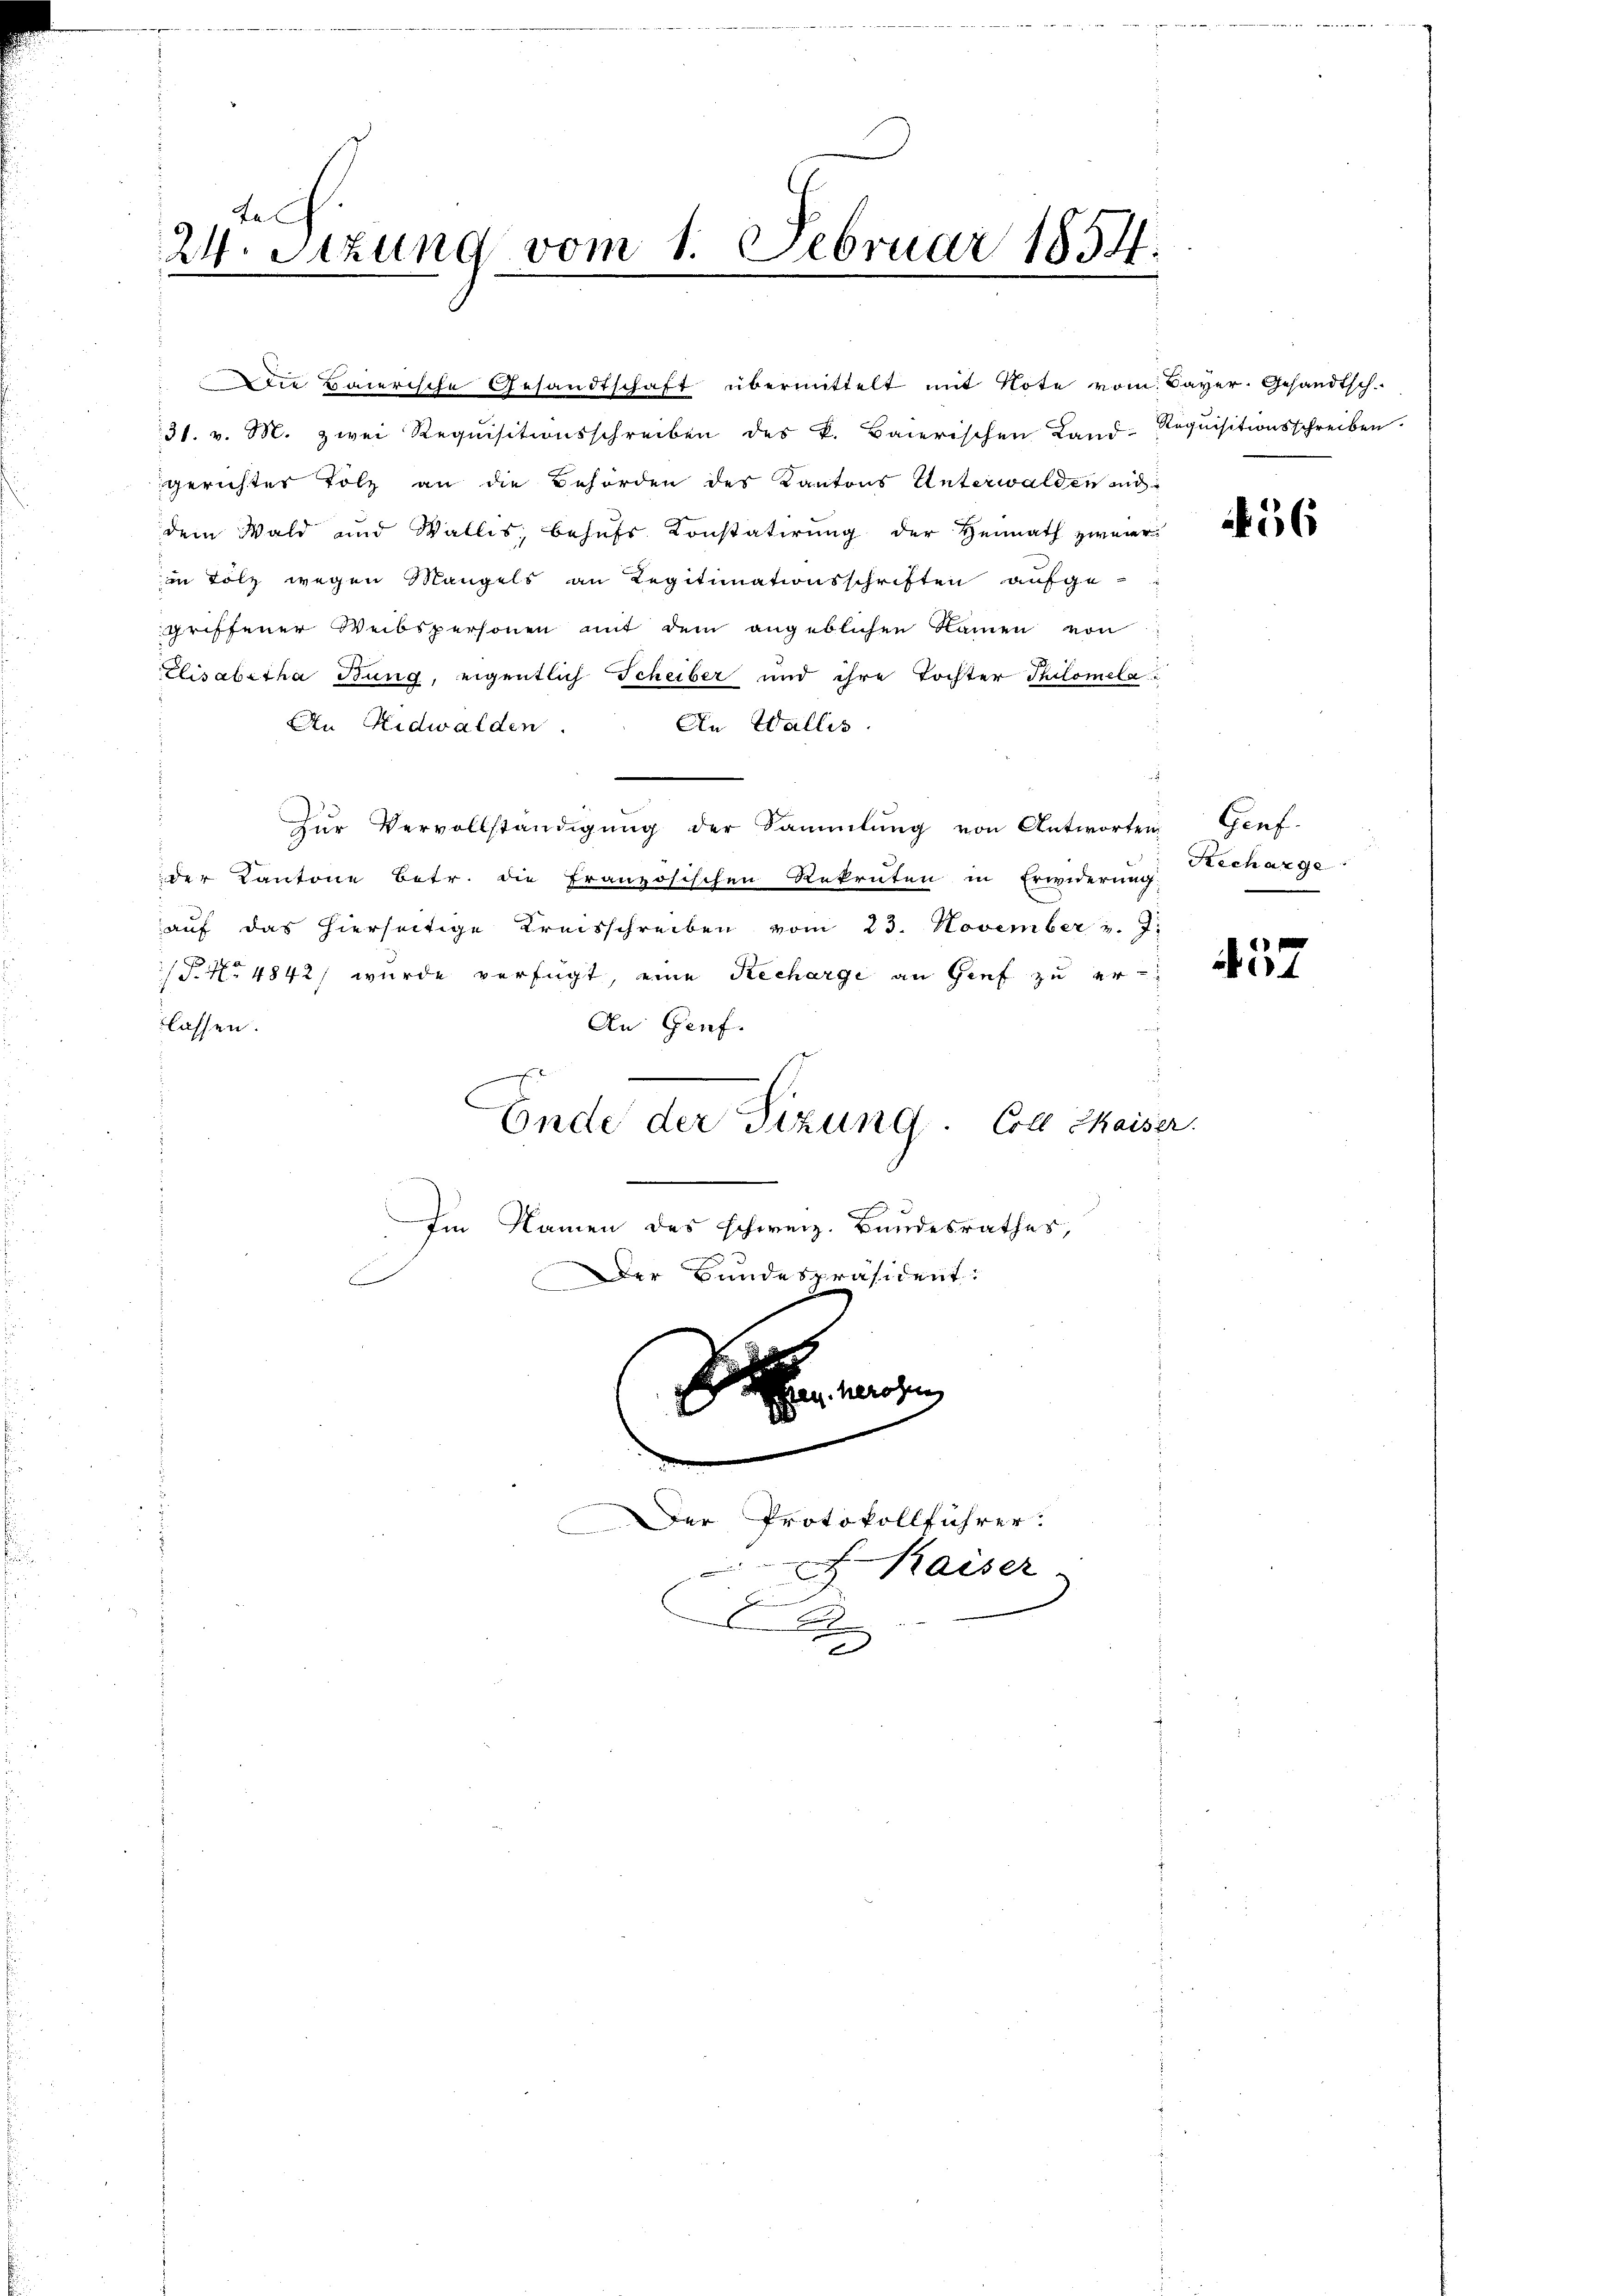
tel
24. Setzung vom 1. Februar 1854.

31. v. M. zwei Requisitionsschreiben des k. Baierischen Land-Requisitionsschreiben.
gerichter Tolz an die Behörden des Kantons Unterwalden mi
dem Wald und Wallis, behufs Konstatirung der Heimath zweier
in Tolz wegen Mangels an Regitimationsschriften aufgegriffener Weibspersonen mit dem angeblichen Namen von
Elisabetha Bung, eigentlich Scheiber und ihre Tochter Philomelau
En Nidwalden.
An Wallis.
Zŭr Vervollständigŭng der Sammlung von Antworten Genf.
der Kantone Betr. die Französischen Rekruten in Erwiderung Vecharge
auf das hierseitige Kreisschreiben vom 23. November v. J.
(P.No 4842/ wurde verfügt, eine Recharge an Gief zu er-
lassen.
An Genf.
hr be
Ende der Sizung. Coll Chaiser
Im Namen des schweiz. Bandesrathes,
Der Bundespräsident:
r
d
.
Der Protokollführer.

Die Baierische Gesandtschaft übermittelt mit Note vom Bayer. Gesandtsch

2

.
Kaiser
E
B

.

56

457